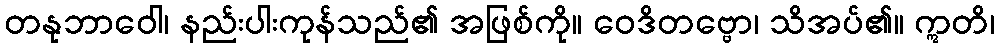
တနုဘာဝေါ၊ နည်းပါးကုန်သည်၏ အဖြစ်ကို။ ဝေဒိတဗ္ဗော၊ သိအပ်၏။ ဣတိ၊